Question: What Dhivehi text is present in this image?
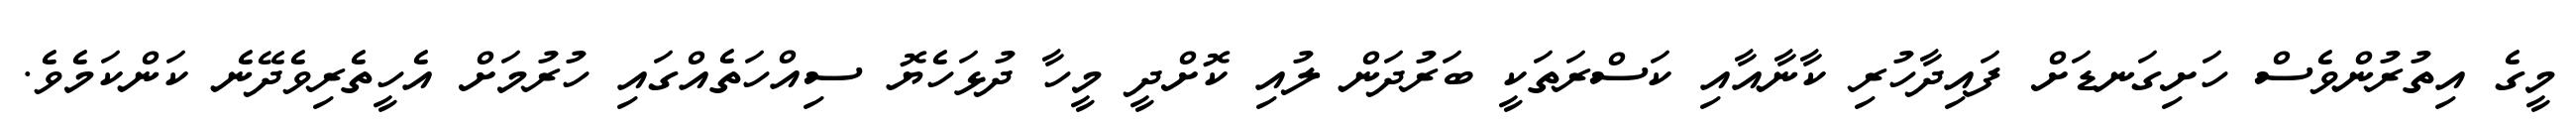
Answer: މީގެ އިތުރުންވެސް ހަށިގަނޑަށް ފައިދާހުރި ކާނާއާއި ކަސްރަތަކީ ބަރުދަން ލުއި ކޮށްދީ މީހާ ދުޅަހެޔޮ ސިއްހަތެއްގައި ހުރުމަށް އެހީތެރިވެދޭނެ ކަންކަމެވެ.